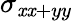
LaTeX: \sigma_{\mathit{x}\mathit{x}+yy}